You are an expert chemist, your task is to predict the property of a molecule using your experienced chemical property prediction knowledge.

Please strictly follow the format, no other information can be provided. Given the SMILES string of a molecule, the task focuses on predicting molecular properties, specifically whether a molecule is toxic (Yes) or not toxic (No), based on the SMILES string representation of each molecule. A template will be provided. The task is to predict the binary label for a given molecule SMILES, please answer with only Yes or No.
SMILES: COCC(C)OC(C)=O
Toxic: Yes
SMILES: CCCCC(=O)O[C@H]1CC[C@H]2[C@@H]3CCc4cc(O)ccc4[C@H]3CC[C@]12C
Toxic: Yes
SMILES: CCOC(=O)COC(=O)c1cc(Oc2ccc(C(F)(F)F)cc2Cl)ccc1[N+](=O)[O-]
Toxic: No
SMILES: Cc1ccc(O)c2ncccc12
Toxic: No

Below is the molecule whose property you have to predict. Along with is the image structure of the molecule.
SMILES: C[C@H]1CCCC(=O)CCCC=Cc2cc(O)cc(O)c2C(=O)O1
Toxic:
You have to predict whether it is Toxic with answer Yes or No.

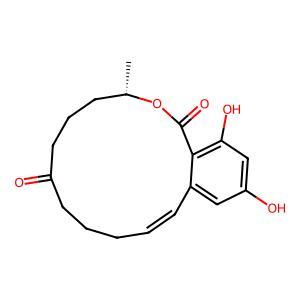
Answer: No